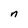
Character: n